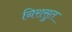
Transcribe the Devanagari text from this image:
निरासुत